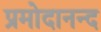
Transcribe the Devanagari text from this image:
प्रमोदानन्द